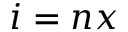
i = n x